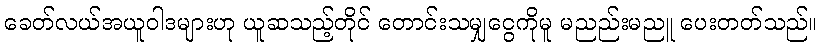
ခေတ်လယ်အယူဝါဒများဟု ယူဆသည့်တိုင် တောင်းသမျှငွေကိုမူ မညည်းမညူ ပေးတတ်သည်။